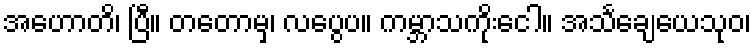
အဟောတိ၊ ပြီ။ တတောမှ၊ လပွေပ။ ကမ္ဘာသကိုးငေါ။ အသင်္ချေယေသုဝ၊